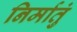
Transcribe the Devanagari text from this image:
निर्मातुं